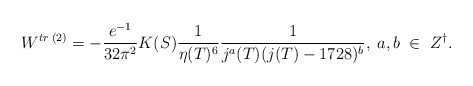
\begin{align*}W^{tr\;(2)} = -\frac{e^{-1}}{32 \pi^2}K(S)\frac{1}{\eta(T)^6} \frac{1}{j^a(T) (j(T)-1728)^b},\;a,b\;\in\;Z^{\dagger}.\end{align*}